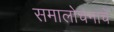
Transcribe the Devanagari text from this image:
समालोचनाचे